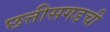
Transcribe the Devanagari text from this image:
छत्तीसगडची